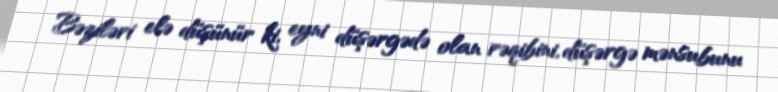
Bəziləri elə düşünür ki, eyni düşərgədə olan rəqibini, düşərgə mənsubunu